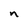
Character: n